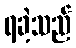
ရခဲ့သည်